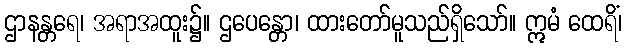
ဌာနန္တရေ၊ အရာအထူး၌။ ဌပေန္တော၊ ထားတော်မူသည်ရှိသော်။ ဣမံ ထေရိံ၊